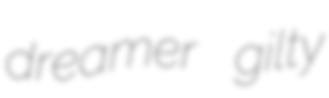
dreamer gilty